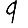
Digit: 9